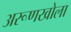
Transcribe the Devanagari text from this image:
अरूणखोला